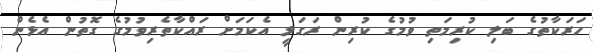
ހަރަކާތުގެ ބަލި ކުރިމަތި ވުމުގެ ކުރިން ރަގަޅީ އެކަމަށް ރައްކާތެރިވުމުގެ ގޮތުން އެޅެން